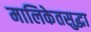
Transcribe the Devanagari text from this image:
मालिकेतसुद्धा